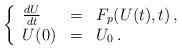
LaTeX: \begin{align*}\left\{\begin{array}{lll}\frac{dU}{dt}&=&F_p(U(t), t)\,,\\U(0)&=&U_0\,.\end{array}\right.\end{align*}